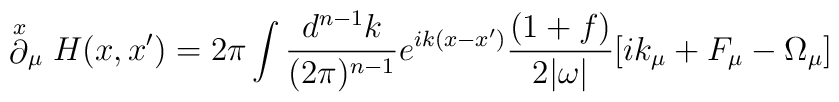
\stackrel{x}{\partial}_\mu H(x,x')= 2\pi \int \frac{d^{n-1}k}{(2\pi)^{n-1}}e^{ik(x-x')}\frac{(1+f)}{2|\omega|}\lbrack ik_\mu+F_\mu-\Omega_\mu\rbrack